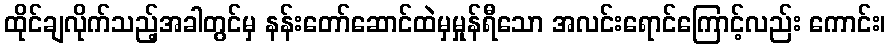
ထိုင်ချလိုက်သည့်အခါတွင်မှ နန်းတော်ဆောင်ထဲမှမှုန်ရီသော အလင်းရောင်ကြောင့်လည်း ကောင်း၊